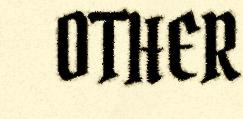
OTHER